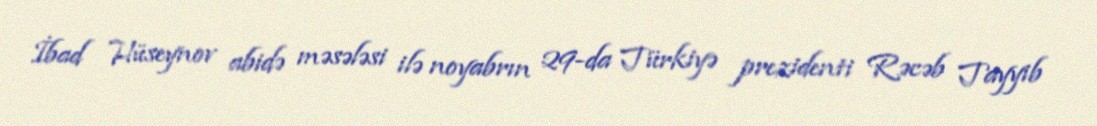
İbad Hüseynov abidə məsələsi ilə noyabrın 29-da Türkiyə prezidenti Rəcəb Tayyib